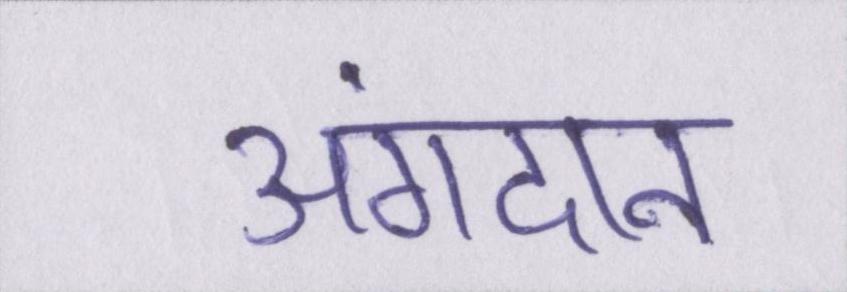
अंगदान